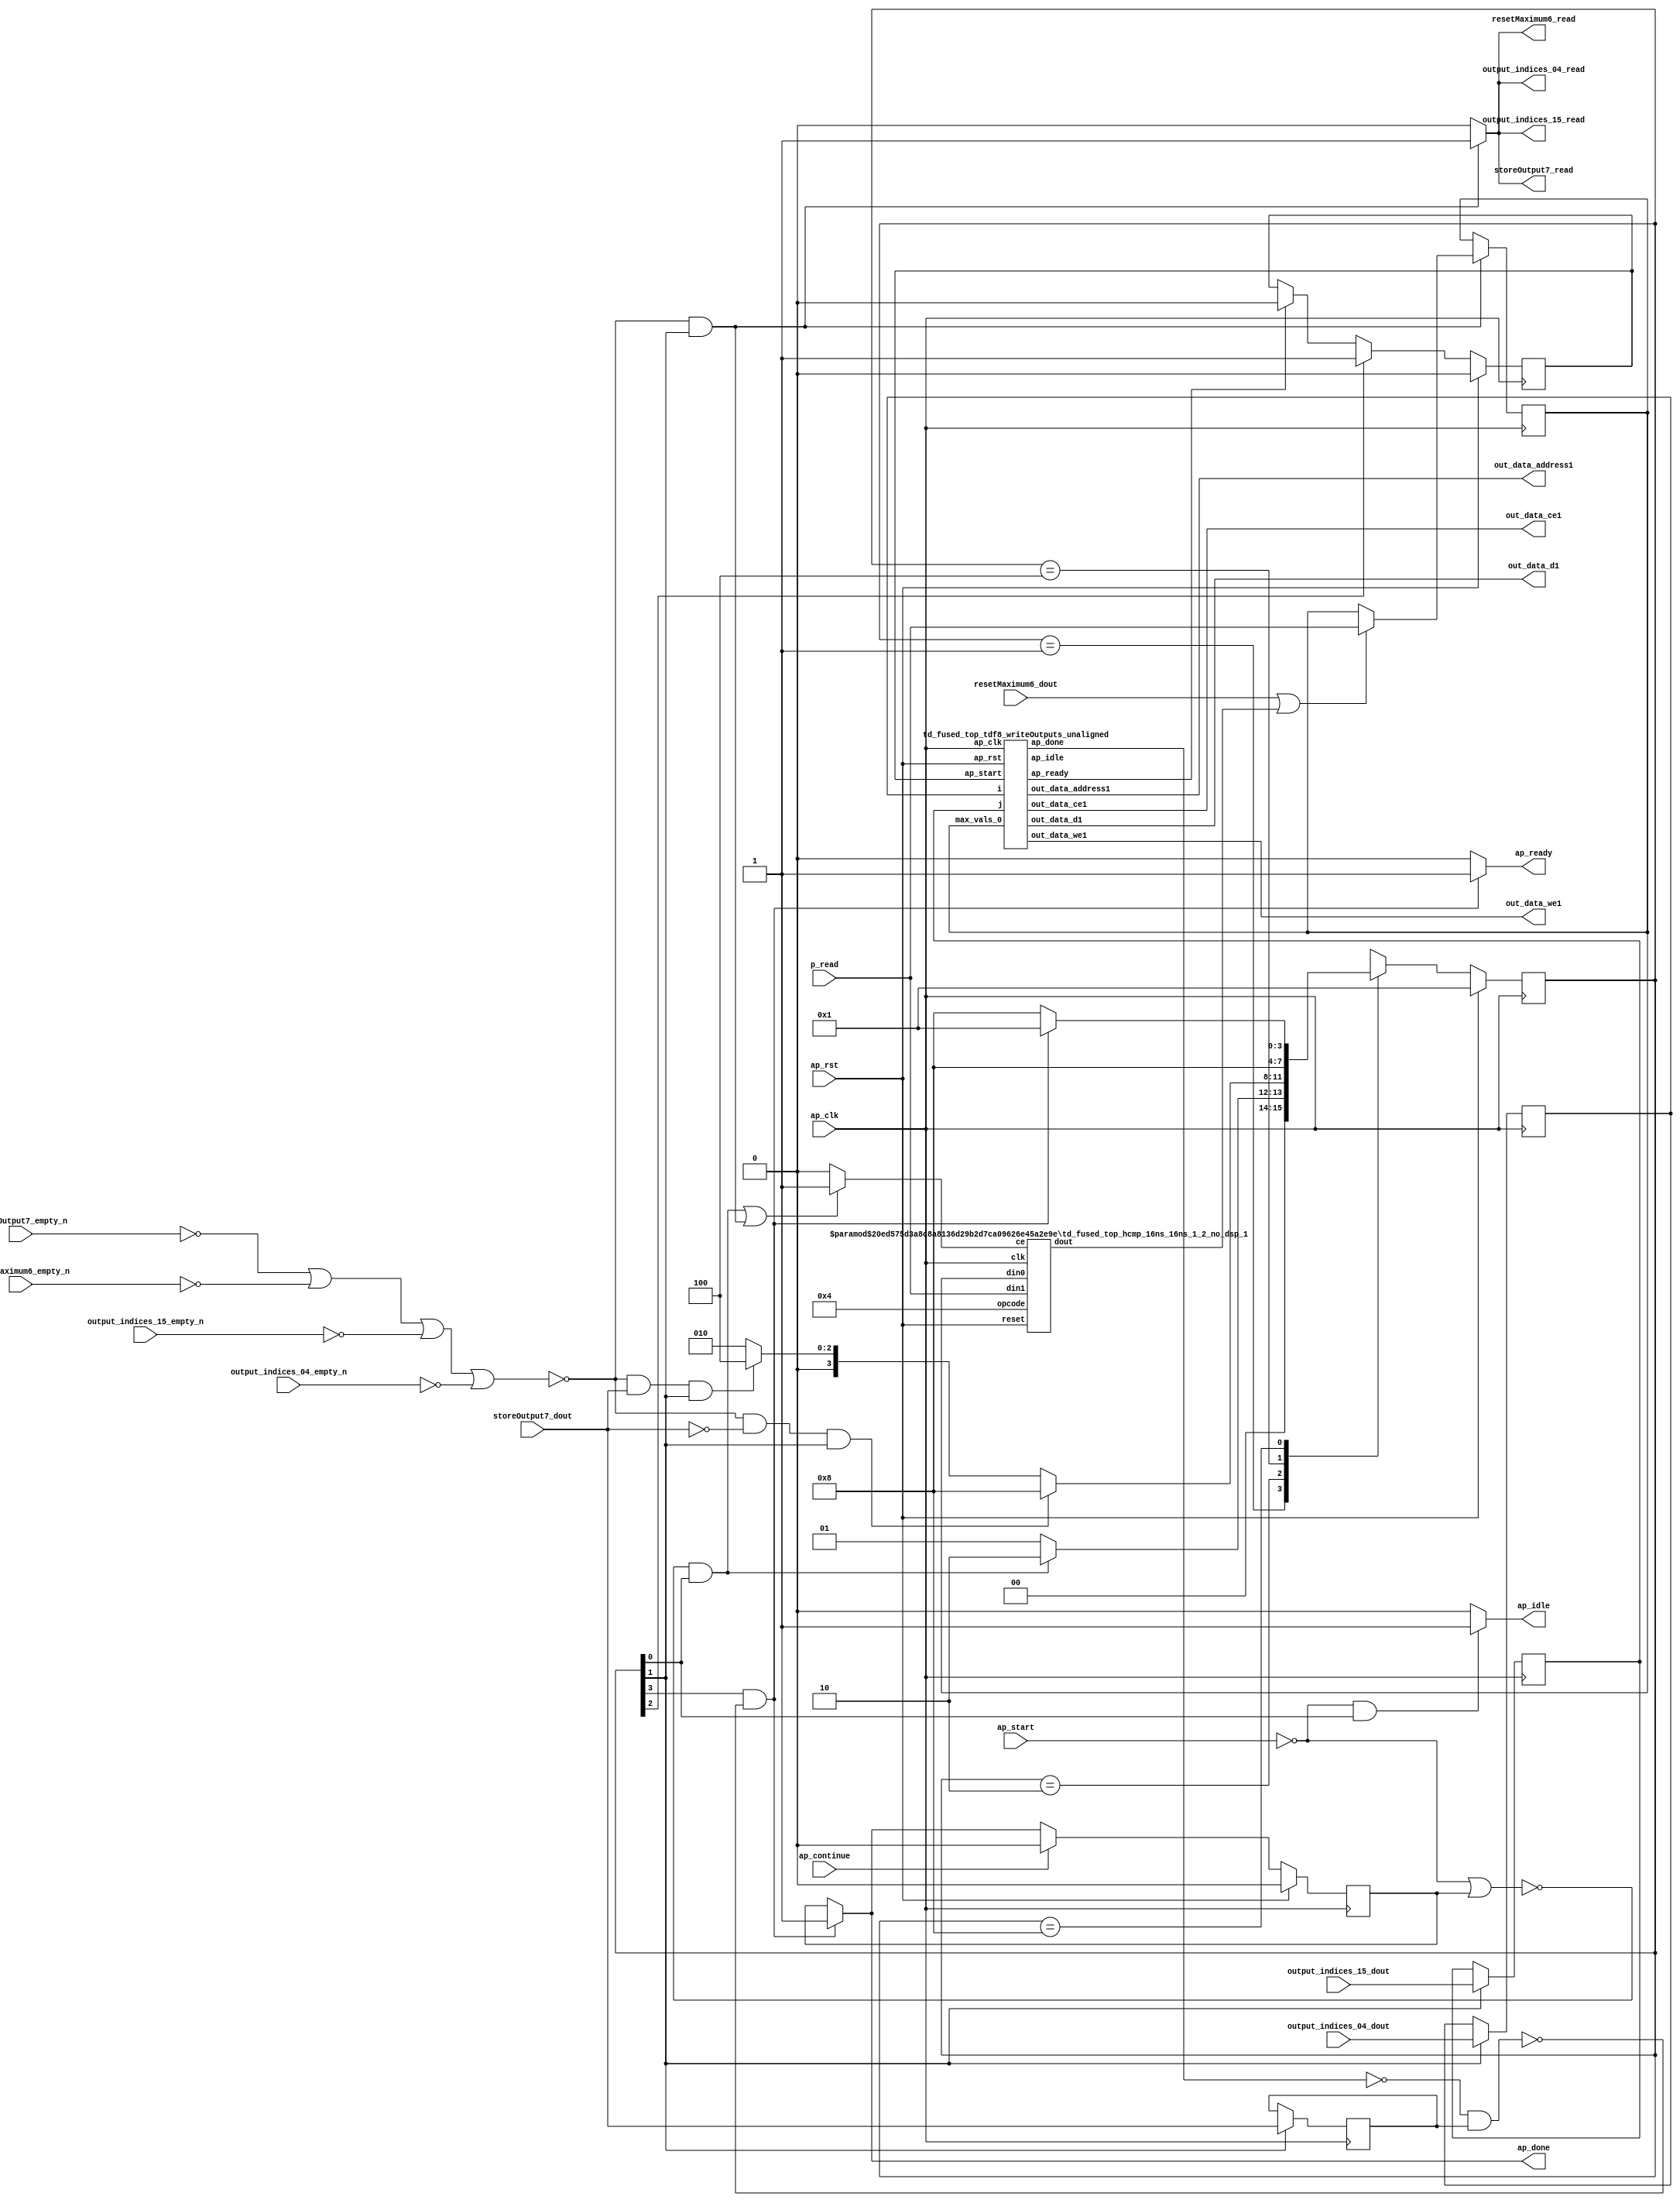
`define EXPONENT 5
`define MANTISSA 10
`define ACTUAL_MANTISSA 11
`define EXPONENT_LSB 10
`define EXPONENT_MSB 14
`define MANTISSA_LSB 0
`define MANTISSA_MSB 9
`define MANTISSA_MUL_SPLIT_LSB 3
`define MANTISSA_MUL_SPLIT_MSB 9
`define SIGN 1
`define SIGN_LOC 15
`define DWIDTH (`SIGN+`EXPONENT+`MANTISSA)
`define IEEE_COMPLIANCE 1

module td_fused_top_tdf8_poolOutputs (
        ap_clk,
        ap_rst,
        ap_start,
        ap_done,
        ap_continue,
        ap_idle,
        ap_ready,
        output_indices_04_dout,
        output_indices_04_empty_n,
        output_indices_04_read,
        output_indices_15_dout,
        output_indices_15_empty_n,
        output_indices_15_read,
        resetMaximum6_dout,
        resetMaximum6_empty_n,
        resetMaximum6_read,
        storeOutput7_dout,
        storeOutput7_empty_n,
        storeOutput7_read,
        p_read,
        out_data_address1,
        out_data_ce1,
        out_data_we1,
        out_data_d1
);

parameter    ap_ST_fsm_state1 = 4'd1;
parameter    ap_ST_fsm_state2 = 4'd2;
parameter    ap_ST_fsm_state3 = 4'd4;
parameter    ap_ST_fsm_state4 = 4'd8;

input   ap_clk;
input   ap_rst;
input   ap_start;
output   ap_done;
input   ap_continue;
output   ap_idle;
output   ap_ready;
input  [3:0] output_indices_04_dout;
input   output_indices_04_empty_n;
output   output_indices_04_read;
input  [7:0] output_indices_15_dout;
input   output_indices_15_empty_n;
output   output_indices_15_read;
input  [0:0] resetMaximum6_dout;
input   resetMaximum6_empty_n;
output   resetMaximum6_read;
input  [0:0] storeOutput7_dout;
input   storeOutput7_empty_n;
output   storeOutput7_read;
input  [15:0] p_read;
output  [13:0] out_data_address1;
output   out_data_ce1;
output   out_data_we1;
output  [63:0] out_data_d1;

reg ap_done;
reg ap_idle;
reg ap_ready;
reg output_indices_04_read;
reg output_indices_15_read;
reg resetMaximum6_read;
reg storeOutput7_read;

reg    ap_done_reg;
  reg   [3:0] ap_CS_fsm;
wire    ap_CS_fsm_state1;
reg   [15:0] max_vals_0;
reg    output_indices_04_blk_n;
wire    ap_CS_fsm_state2;
reg    output_indices_15_blk_n;
reg    resetMaximum6_blk_n;
reg    storeOutput7_blk_n;
reg   [3:0] output_indices_04_read_reg_147;
reg   [7:0] output_indices_15_read_reg_152;
wire   [0:0] storeOutput7_read_read_fu_82_p2;
reg   [0:0] storeOutput7_read_reg_157;
wire    grp_tdf8_writeOutputs_unaligned_fu_88_ap_start;
wire    grp_tdf8_writeOutputs_unaligned_fu_88_ap_done;
wire    grp_tdf8_writeOutputs_unaligned_fu_88_ap_idle;
wire    grp_tdf8_writeOutputs_unaligned_fu_88_ap_ready;
wire   [13:0] grp_tdf8_writeOutputs_unaligned_fu_88_out_data_address1;
wire    grp_tdf8_writeOutputs_unaligned_fu_88_out_data_ce1;
wire    grp_tdf8_writeOutputs_unaligned_fu_88_out_data_we1;
wire   [63:0] grp_tdf8_writeOutputs_unaligned_fu_88_out_data_d1;
reg    grp_tdf8_writeOutputs_unaligned_fu_88_ap_start_reg;
wire    ap_CS_fsm_state3;
wire    ap_CS_fsm_state4;
reg    ap_block_state4_on_subcall_done;
wire   [15:0] select_ln24_fu_126_p3;
reg    ap_block_state2;
reg    ap_block_state1;
wire   [0:0] grp_fu_110_p2;
wire   [0:0] or_ln24_fu_120_p2;
reg    grp_fu_110_ce;
reg   [3:0] ap_NS_fsm;
wire    ap_ce_reg;

// power-on initialization
initial begin
#0 ap_done_reg = 1'b0;
#0 ap_CS_fsm = 4'd1;
#0 max_vals_0 = 16'd0;
#0 grp_tdf8_writeOutputs_unaligned_fu_88_ap_start_reg = 1'b0;
end

td_fused_top_tdf8_writeOutputs_unaligned grp_tdf8_writeOutputs_unaligned_fu_88(
    .ap_clk(ap_clk),
    .ap_rst(ap_rst),
    .ap_start(grp_tdf8_writeOutputs_unaligned_fu_88_ap_start),
    .ap_done(grp_tdf8_writeOutputs_unaligned_fu_88_ap_done),
    .ap_idle(grp_tdf8_writeOutputs_unaligned_fu_88_ap_idle),
    .ap_ready(grp_tdf8_writeOutputs_unaligned_fu_88_ap_ready),
    .i(output_indices_04_read_reg_147),
    .j(output_indices_15_read_reg_152),
    .out_data_address1(grp_tdf8_writeOutputs_unaligned_fu_88_out_data_address1),
    .out_data_ce1(grp_tdf8_writeOutputs_unaligned_fu_88_out_data_ce1),
    .out_data_we1(grp_tdf8_writeOutputs_unaligned_fu_88_out_data_we1),
    .out_data_d1(grp_tdf8_writeOutputs_unaligned_fu_88_out_data_d1),
    .max_vals_0(max_vals_0)
);

td_fused_top_hcmp_16ns_16ns_1_2_no_dsp_1 #(
    .ID( 1 ),
    .NUM_STAGE( 2 ),
    .din0_WIDTH( 16 ),
    .din1_WIDTH( 16 ),
    .dout_WIDTH( 1 ))
hcmp_16ns_16ns_1_2_no_dsp_1_U516(
    .clk(ap_clk),
    .reset(ap_rst),
    .ce(grp_fu_110_ce),
    .din0(max_vals_0),
    .din1(p_read),
    .opcode(5'd4),
    .dout(grp_fu_110_p2)
);

always @ (posedge ap_clk) begin
    if (ap_rst == 1'b1) begin
        ap_CS_fsm <= ap_ST_fsm_state1;
    end else begin
        ap_CS_fsm <= ap_NS_fsm;
    end
end

always @ (posedge ap_clk) begin
    if (ap_rst == 1'b1) begin
        ap_done_reg <= 1'b0;
    end else begin
        if ((ap_continue == 1'b1)) begin
            ap_done_reg <= 1'b0;
        end else if (((1'b1 == ap_CS_fsm_state4) & (1'b0 == ap_block_state4_on_subcall_done))) begin
            ap_done_reg <= 1'b1;
        end
    end
end

always @ (posedge ap_clk) begin
    if (ap_rst == 1'b1) begin
        grp_tdf8_writeOutputs_unaligned_fu_88_ap_start_reg <= 1'b0;
    end else begin
        if ((1'b1 == ap_CS_fsm_state3)) begin
            grp_tdf8_writeOutputs_unaligned_fu_88_ap_start_reg <= 1'b1;
        end else if ((grp_tdf8_writeOutputs_unaligned_fu_88_ap_ready == 1'b1)) begin
            grp_tdf8_writeOutputs_unaligned_fu_88_ap_start_reg <= 1'b0;
        end
    end
end

always @ (posedge ap_clk) begin
    if ((~((storeOutput7_empty_n == 1'b0) | (resetMaximum6_empty_n == 1'b0) | (output_indices_15_empty_n == 1'b0) | (output_indices_04_empty_n == 1'b0)) & (1'b1 == ap_CS_fsm_state2))) begin
        max_vals_0 <= select_ln24_fu_126_p3;
    end
end

always @ (posedge ap_clk) begin
    if ((1'b1 == ap_CS_fsm_state2)) begin
        output_indices_04_read_reg_147 <= output_indices_04_dout;
        output_indices_15_read_reg_152 <= output_indices_15_dout;
        storeOutput7_read_reg_157 <= storeOutput7_dout;
    end
end

always @ (*) begin
    if (((1'b1 == ap_CS_fsm_state4) & (1'b0 == ap_block_state4_on_subcall_done))) begin
        ap_done = 1'b1;
    end else begin
        ap_done = ap_done_reg;
    end
end

always @ (*) begin
    if (((ap_start == 1'b0) & (1'b1 == ap_CS_fsm_state1))) begin
        ap_idle = 1'b1;
    end else begin
        ap_idle = 1'b0;
    end
end

always @ (*) begin
    if (((1'b1 == ap_CS_fsm_state4) & (1'b0 == ap_block_state4_on_subcall_done))) begin
        ap_ready = 1'b1;
    end else begin
        ap_ready = 1'b0;
    end
end

always @ (*) begin
    if (((~((ap_start == 1'b0) | (ap_done_reg == 1'b1)) & (1'b1 == ap_CS_fsm_state1)) | (~((storeOutput7_empty_n == 1'b0) | (resetMaximum6_empty_n == 1'b0) | (output_indices_15_empty_n == 1'b0) | (output_indices_04_empty_n == 1'b0)) & (1'b1 == ap_CS_fsm_state2)))) begin
        grp_fu_110_ce = 1'b1;
    end else begin
        grp_fu_110_ce = 1'b0;
    end
end

always @ (*) begin
    if ((1'b1 == ap_CS_fsm_state2)) begin
        output_indices_04_blk_n = output_indices_04_empty_n;
    end else begin
        output_indices_04_blk_n = 1'b1;
    end
end

always @ (*) begin
    if ((~((storeOutput7_empty_n == 1'b0) | (resetMaximum6_empty_n == 1'b0) | (output_indices_15_empty_n == 1'b0) | (output_indices_04_empty_n == 1'b0)) & (1'b1 == ap_CS_fsm_state2))) begin
        output_indices_04_read = 1'b1;
    end else begin
        output_indices_04_read = 1'b0;
    end
end

always @ (*) begin
    if ((1'b1 == ap_CS_fsm_state2)) begin
        output_indices_15_blk_n = output_indices_15_empty_n;
    end else begin
        output_indices_15_blk_n = 1'b1;
    end
end

always @ (*) begin
    if ((~((storeOutput7_empty_n == 1'b0) | (resetMaximum6_empty_n == 1'b0) | (output_indices_15_empty_n == 1'b0) | (output_indices_04_empty_n == 1'b0)) & (1'b1 == ap_CS_fsm_state2))) begin
        output_indices_15_read = 1'b1;
    end else begin
        output_indices_15_read = 1'b0;
    end
end

always @ (*) begin
    if ((1'b1 == ap_CS_fsm_state2)) begin
        resetMaximum6_blk_n = resetMaximum6_empty_n;
    end else begin
        resetMaximum6_blk_n = 1'b1;
    end
end

always @ (*) begin
    if ((~((storeOutput7_empty_n == 1'b0) | (resetMaximum6_empty_n == 1'b0) | (output_indices_15_empty_n == 1'b0) | (output_indices_04_empty_n == 1'b0)) & (1'b1 == ap_CS_fsm_state2))) begin
        resetMaximum6_read = 1'b1;
    end else begin
        resetMaximum6_read = 1'b0;
    end
end

always @ (*) begin
    if ((1'b1 == ap_CS_fsm_state2)) begin
        storeOutput7_blk_n = storeOutput7_empty_n;
    end else begin
        storeOutput7_blk_n = 1'b1;
    end
end

always @ (*) begin
    if ((~((storeOutput7_empty_n == 1'b0) | (resetMaximum6_empty_n == 1'b0) | (output_indices_15_empty_n == 1'b0) | (output_indices_04_empty_n == 1'b0)) & (1'b1 == ap_CS_fsm_state2))) begin
        storeOutput7_read = 1'b1;
    end else begin
        storeOutput7_read = 1'b0;
    end
end

always @ (*) begin
    case (ap_CS_fsm)
        ap_ST_fsm_state1 : begin
            if ((~((ap_start == 1'b0) | (ap_done_reg == 1'b1)) & (1'b1 == ap_CS_fsm_state1))) begin
                ap_NS_fsm = ap_ST_fsm_state2;
            end else begin
                ap_NS_fsm = ap_ST_fsm_state1;
            end
        end
        ap_ST_fsm_state2 : begin
            if ((~((storeOutput7_empty_n == 1'b0) | (resetMaximum6_empty_n == 1'b0) | (output_indices_15_empty_n == 1'b0) | (output_indices_04_empty_n == 1'b0)) & (storeOutput7_read_read_fu_82_p2 == 1'd0) & (1'b1 == ap_CS_fsm_state2))) begin
                ap_NS_fsm = ap_ST_fsm_state4;
            end else if ((~((storeOutput7_empty_n == 1'b0) | (resetMaximum6_empty_n == 1'b0) | (output_indices_15_empty_n == 1'b0) | (output_indices_04_empty_n == 1'b0)) & (storeOutput7_read_read_fu_82_p2 == 1'd1) & (1'b1 == ap_CS_fsm_state2))) begin
                ap_NS_fsm = ap_ST_fsm_state3;
            end else begin
                ap_NS_fsm = ap_ST_fsm_state2;
            end
        end
        ap_ST_fsm_state3 : begin
            ap_NS_fsm = ap_ST_fsm_state4;
        end
        ap_ST_fsm_state4 : begin
            if (((1'b1 == ap_CS_fsm_state4) & (1'b0 == ap_block_state4_on_subcall_done))) begin
                ap_NS_fsm = ap_ST_fsm_state1;
            end else begin
                ap_NS_fsm = ap_ST_fsm_state4;
            end
        end
        default : begin
            ap_NS_fsm = 'bx;
        end
    endcase
end

assign ap_CS_fsm_state1 = ap_CS_fsm[32'd0];

assign ap_CS_fsm_state2 = ap_CS_fsm[32'd1];

assign ap_CS_fsm_state3 = ap_CS_fsm[32'd2];

assign ap_CS_fsm_state4 = ap_CS_fsm[32'd3];

always @ (*) begin
    ap_block_state1 = ((ap_start == 1'b0) | (ap_done_reg == 1'b1));
end

always @ (*) begin
    ap_block_state2 = ((storeOutput7_empty_n == 1'b0) | (resetMaximum6_empty_n == 1'b0) | (output_indices_15_empty_n == 1'b0) | (output_indices_04_empty_n == 1'b0));
end

always @ (*) begin
    ap_block_state4_on_subcall_done = ((grp_tdf8_writeOutputs_unaligned_fu_88_ap_done == 1'b0) & (storeOutput7_read_reg_157 == 1'd1));
end

assign grp_tdf8_writeOutputs_unaligned_fu_88_ap_start = grp_tdf8_writeOutputs_unaligned_fu_88_ap_start_reg;

assign or_ln24_fu_120_p2 = (resetMaximum6_dout | grp_fu_110_p2);

assign out_data_address1 = grp_tdf8_writeOutputs_unaligned_fu_88_out_data_address1;

assign out_data_ce1 = grp_tdf8_writeOutputs_unaligned_fu_88_out_data_ce1;

assign out_data_d1 = grp_tdf8_writeOutputs_unaligned_fu_88_out_data_d1;

assign out_data_we1 = grp_tdf8_writeOutputs_unaligned_fu_88_out_data_we1;

assign select_ln24_fu_126_p3 = ((or_ln24_fu_120_p2[0:0] == 1'b1) ? p_read : max_vals_0);

assign storeOutput7_read_read_fu_82_p2 = storeOutput7_dout;

endmodule //td_fused_top_tdf8_poolOutputs
module td_fused_top_hcmp_16ns_16ns_1_2_no_dsp_1
#(parameter
    ID         = 47,
    NUM_STAGE  = 2,
    din0_WIDTH = 16,
    din1_WIDTH = 16,
    dout_WIDTH = 1
)(
    input  wire                  clk,
    input  wire                  reset,
    input  wire                  ce,
    input  wire [din0_WIDTH-1:0] din0,
    input  wire [din1_WIDTH-1:0] din1,
    input  wire [4:0]            opcode,
    output wire [dout_WIDTH-1:0] dout
);
//------------------------Parameter----------------------
// AutoESL opcode
localparam [4:0]
    AP_OEQ = 5'b00001,
    AP_OGT = 5'b00010,
    AP_OGE = 5'b00011,
    AP_OLT = 5'b00100,
    AP_OLE = 5'b00101,
    AP_ONE = 5'b00110,
    AP_UNO = 5'b01000;
// FPV6 opcode
localparam [7:0]
    OP_EQ = 8'b00010100,
    OP_GT = 8'b00100100,
    OP_GE = 8'b00110100,
    OP_LT = 8'b00001100,
    OP_LE = 8'b00011100,
    OP_NE = 8'b00101100,
    OP_UO = 8'b00000100;
//------------------------Local signal-------------------
wire                  a_tvalid;
wire [15:0]           a_tdata;
wire                  b_tvalid;
wire [15:0]           b_tdata;
wire                  op_tvalid;
reg  [7:0]            op_tdata;
wire                  r_tvalid;
wire [7:0]            r_tdata;
reg  [din0_WIDTH-1:0] din0_buf1;
reg  [din1_WIDTH-1:0] din1_buf1;
reg  [4:0]            opcode_buf1;
reg                   ce_r;
wire [dout_WIDTH-1:0] dout_i;
reg  [dout_WIDTH-1:0] dout_r;
//------------------------Instantiation------------------
td_fused_top_ap_hcmp_0_no_dsp_16 td_fused_top_ap_hcmp_0_no_dsp_16_u (
    .s_axis_a_tvalid         ( a_tvalid ),
    .s_axis_a_tdata          ( a_tdata ),
    .s_axis_b_tvalid         ( b_tvalid ),
    .s_axis_b_tdata          ( b_tdata ),
    .s_axis_operation_tvalid ( op_tvalid ),
    .s_axis_operation_tdata  ( op_tdata ),
    .m_axis_result_tvalid    ( r_tvalid ),
    .m_axis_result_tdata     ( r_tdata )
);
//------------------------Body---------------------------
assign a_tvalid  = 1'b1;
assign a_tdata   = din0_buf1;
assign b_tvalid  = 1'b1;
assign b_tdata   = din1_buf1;
assign op_tvalid = 1'b1;
assign dout_i    = r_tdata[0];

always @(*) begin
    case (opcode_buf1)
        AP_OEQ  : op_tdata = OP_EQ;
        AP_OGT  : op_tdata = OP_GT;
        AP_OGE  : op_tdata = OP_GE;
        AP_OLT  : op_tdata = OP_LT;
        AP_OLE  : op_tdata = OP_LE;
        AP_ONE  : op_tdata = OP_NE;
        AP_UNO  : op_tdata = OP_UO;
        default : op_tdata = OP_EQ;
    endcase
end

always @(posedge clk) begin
    if (ce) begin
        din0_buf1   <= din0;
        din1_buf1   <= din1;
        opcode_buf1 <= opcode;
    end
end

always @ (posedge clk) begin
    ce_r <= ce;
end

always @ (posedge clk) begin
    if (ce_r) begin
        dout_r <= dout_i;
    end
end

assign dout = ce_r?dout_i:dout_r;
endmodule
module td_fused_top_ap_hcmp_0_no_dsp_16 (
   input  wire        s_axis_a_tvalid,
   input  wire [15:0] s_axis_a_tdata,
   input  wire        s_axis_b_tvalid,
   input  wire [15:0] s_axis_b_tdata,
   input  wire        s_axis_operation_tvalid,
   input  wire [7:0]  s_axis_operation_tdata,
   output wire        m_axis_result_tvalid,
   output wire [7:0]  m_axis_result_tdata
);
   // TEMP - compare module not yet ready
   // In the meantime, negate operand B, add them
   // together, and return the sign bit of the result.
   wire [15:0] b_negative;
   wire [15:0] result;
   assign b_negative = {~s_axis_b_tdata[15], s_axis_b_tdata[14:0]};
   
`ifdef complex_dsp
adder_fp u_add_fp (
      .a(s_axis_a_tdata), 
      .b(b_negative), 
      .out(result)
   );
`else
FPAddSub u_FPAddSub_2 (.clk(), .rst(1'b0), .a(s_axis_a_tdata), .b(b_negative), .operation(1'b0), .result(result), .flags());
`endif
   
   assign m_axis_result_tdata = {7'b0, result[15]};
endmodule
module td_fused_top_tdf8_writeOutputs_unaligned (
        ap_clk,
        ap_rst,
        ap_start,
        ap_done,
        ap_idle,
        ap_ready,
        i,
        j,
        out_data_address1,
        out_data_ce1,
        out_data_we1,
        out_data_d1,
        max_vals_0
);

parameter    ap_ST_fsm_state1 = 2'd1;
parameter    ap_ST_fsm_state2 = 2'd2;

input   ap_clk;
input   ap_rst;
input   ap_start;
output   ap_done;
output   ap_idle;
output   ap_ready;
input  [3:0] i;
input  [7:0] j;
output  [13:0] out_data_address1;
output   out_data_ce1;
output   out_data_we1;
output  [63:0] out_data_d1;
input  [15:0] max_vals_0;

reg ap_done;
reg ap_idle;
reg ap_ready;
reg out_data_ce1;
reg out_data_we1;

  reg   [1:0] ap_CS_fsm;
wire    ap_CS_fsm_state1;
reg   [15:0] outputCount_3;
reg   [15:0] outputChanIdx_3;
reg   [15:0] outputRow_13_0;
reg   [15:0] outputRow_13_1;
reg   [15:0] outputRow_13_2;
reg   [15:0] outputRow_13_3;
wire   [15:0] add_ln87_fu_177_p2;
wire   [0:0] icmp_ln88_fu_183_p2;
reg   [0:0] icmp_ln88_reg_297;
reg   [15:0] ap_phi_mux_empty_phi_fu_94_p4;
reg   [15:0] empty_reg_91;
wire    ap_CS_fsm_state2;
wire   [63:0] zext_ln94_4_fu_211_p1;
wire   [15:0] select_ln97_fu_269_p3;
wire   [1:0] trunc_ln86_fu_149_p1;
reg   [15:0] ap_sig_allocacmp_outputRow_13_0_load;
reg   [15:0] ap_sig_allocacmp_outputRow_13_1_load;
reg   [15:0] ap_sig_allocacmp_outputRow_13_2_load;
reg   [15:0] ap_sig_allocacmp_outputRow_13_3_load;
wire   [4:0] tmp_8_fu_109_p3;
wire   [7:0] tmp_fu_101_p3;
wire   [7:0] zext_ln94_fu_117_p1;
wire   [7:0] sub_ln94_fu_121_p2;
wire   [7:0] add_ln94_fu_127_p2;
wire   [7:0] trunc_ln94_fu_197_p1;
wire   [13:0] tmp_10_cast_fu_133_p3;
wire   [13:0] zext_ln94_3_fu_201_p1;
wire   [13:0] add_ln94_2_fu_205_p2;
wire   [15:0] bitcast_ln94_6_fu_240_p1;
wire   [15:0] bitcast_ln94_5_fu_232_p1;
wire   [15:0] bitcast_ln94_4_fu_224_p1;
wire   [15:0] bitcast_ln94_fu_216_p1;
wire   [15:0] add_ln96_fu_257_p2;
wire   [0:0] icmp_ln97_fu_263_p2;
reg   [1:0] ap_NS_fsm;
wire    ap_ce_reg;

// power-on initialization
initial begin
#0 ap_CS_fsm = 2'd1;
#0 outputCount_3 = 16'd0;
#0 outputChanIdx_3 = 16'd0;
#0 outputRow_13_0 = 16'd0;
#0 outputRow_13_1 = 16'd0;
#0 outputRow_13_2 = 16'd0;
#0 outputRow_13_3 = 16'd0;
end

always @ (posedge ap_clk) begin
    if (ap_rst == 1'b1) begin
        ap_CS_fsm <= ap_ST_fsm_state1;
    end else begin
        ap_CS_fsm <= ap_NS_fsm;
    end
end

always @ (posedge ap_clk) begin
    if (((icmp_ln88_reg_297 == 1'd1) & (1'b1 == ap_CS_fsm_state2))) begin
        empty_reg_91 <= 16'd0;
    end else if (((ap_start == 1'b1) & (icmp_ln88_fu_183_p2 == 1'd0) & (1'b1 == ap_CS_fsm_state1))) begin
        empty_reg_91 <= add_ln87_fu_177_p2;
    end
end

always @ (posedge ap_clk) begin
    if ((1'b1 == ap_CS_fsm_state1)) begin
        icmp_ln88_reg_297 <= icmp_ln88_fu_183_p2;
    end
end

always @ (posedge ap_clk) begin
    if (((ap_start == 1'b1) & (icmp_ln88_fu_183_p2 == 1'd1) & (1'b1 == ap_CS_fsm_state1))) begin
        outputChanIdx_3 <= select_ln97_fu_269_p3;
    end
end

always @ (posedge ap_clk) begin
    if ((1'b1 == ap_CS_fsm_state2)) begin
        outputCount_3 <= ap_phi_mux_empty_phi_fu_94_p4;
    end
end

always @ (posedge ap_clk) begin
    if (((ap_start == 1'b1) & (trunc_ln86_fu_149_p1 == 2'd0) & (1'b1 == ap_CS_fsm_state1))) begin
        outputRow_13_0 <= max_vals_0;
    end
end

always @ (posedge ap_clk) begin
    if (((ap_start == 1'b1) & (trunc_ln86_fu_149_p1 == 2'd1) & (1'b1 == ap_CS_fsm_state1))) begin
        outputRow_13_1 <= max_vals_0;
    end
end

always @ (posedge ap_clk) begin
    if (((ap_start == 1'b1) & (trunc_ln86_fu_149_p1 == 2'd2) & (1'b1 == ap_CS_fsm_state1))) begin
        outputRow_13_2 <= max_vals_0;
    end
end

always @ (posedge ap_clk) begin
    if (((ap_start == 1'b1) & (trunc_ln86_fu_149_p1 == 2'd3) & (1'b1 == ap_CS_fsm_state1))) begin
        outputRow_13_3 <= max_vals_0;
    end
end

always @ (*) begin
    if (((1'b1 == ap_CS_fsm_state2) | ((ap_start == 1'b0) & (1'b1 == ap_CS_fsm_state1)))) begin
        ap_done = 1'b1;
    end else begin
        ap_done = 1'b0;
    end
end

always @ (*) begin
    if (((ap_start == 1'b0) & (1'b1 == ap_CS_fsm_state1))) begin
        ap_idle = 1'b1;
    end else begin
        ap_idle = 1'b0;
    end
end

always @ (*) begin
    if (((icmp_ln88_reg_297 == 1'd1) & (1'b1 == ap_CS_fsm_state2))) begin
        ap_phi_mux_empty_phi_fu_94_p4 = 16'd0;
    end else begin
        ap_phi_mux_empty_phi_fu_94_p4 = empty_reg_91;
    end
end

always @ (*) begin
    if ((1'b1 == ap_CS_fsm_state2)) begin
        ap_ready = 1'b1;
    end else begin
        ap_ready = 1'b0;
    end
end

always @ (*) begin
    if (((trunc_ln86_fu_149_p1 == 2'd0) & (1'b1 == ap_CS_fsm_state1))) begin
        ap_sig_allocacmp_outputRow_13_0_load = max_vals_0;
    end else begin
        ap_sig_allocacmp_outputRow_13_0_load = outputRow_13_0;
    end
end

always @ (*) begin
    if (((trunc_ln86_fu_149_p1 == 2'd1) & (1'b1 == ap_CS_fsm_state1))) begin
        ap_sig_allocacmp_outputRow_13_1_load = max_vals_0;
    end else begin
        ap_sig_allocacmp_outputRow_13_1_load = outputRow_13_1;
    end
end

always @ (*) begin
    if (((trunc_ln86_fu_149_p1 == 2'd2) & (1'b1 == ap_CS_fsm_state1))) begin
        ap_sig_allocacmp_outputRow_13_2_load = max_vals_0;
    end else begin
        ap_sig_allocacmp_outputRow_13_2_load = outputRow_13_2;
    end
end

always @ (*) begin
    if (((trunc_ln86_fu_149_p1 == 2'd3) & (1'b1 == ap_CS_fsm_state1))) begin
        ap_sig_allocacmp_outputRow_13_3_load = max_vals_0;
    end else begin
        ap_sig_allocacmp_outputRow_13_3_load = outputRow_13_3;
    end
end

always @ (*) begin
    if (((1'b1 == ap_CS_fsm_state2) | ((ap_start == 1'b1) & (1'b1 == ap_CS_fsm_state1)))) begin
        out_data_ce1 = 1'b1;
    end else begin
        out_data_ce1 = 1'b0;
    end
end

always @ (*) begin
    if (((ap_start == 1'b1) & (icmp_ln88_fu_183_p2 == 1'd1) & (1'b1 == ap_CS_fsm_state1))) begin
        out_data_we1 = 1'b1;
    end else begin
        out_data_we1 = 1'b0;
    end
end

always @ (*) begin
    case (ap_CS_fsm)
        ap_ST_fsm_state1 : begin
            if (((ap_start == 1'b1) & (1'b1 == ap_CS_fsm_state1))) begin
                ap_NS_fsm = ap_ST_fsm_state2;
            end else begin
                ap_NS_fsm = ap_ST_fsm_state1;
            end
        end
        ap_ST_fsm_state2 : begin
            ap_NS_fsm = ap_ST_fsm_state1;
        end
        default : begin
            ap_NS_fsm = 'bx;
        end
    endcase
end

assign add_ln87_fu_177_p2 = (outputCount_3 + 16'd1);

assign add_ln94_2_fu_205_p2 = (tmp_10_cast_fu_133_p3 + zext_ln94_3_fu_201_p1);

assign add_ln94_fu_127_p2 = (sub_ln94_fu_121_p2 + j);

assign add_ln96_fu_257_p2 = (outputChanIdx_3 + 16'd1);

assign ap_CS_fsm_state1 = ap_CS_fsm[32'd0];

assign ap_CS_fsm_state2 = ap_CS_fsm[32'd1];

assign bitcast_ln94_4_fu_224_p1 = ap_sig_allocacmp_outputRow_13_1_load;

assign bitcast_ln94_5_fu_232_p1 = ap_sig_allocacmp_outputRow_13_2_load;

assign bitcast_ln94_6_fu_240_p1 = ap_sig_allocacmp_outputRow_13_3_load;

assign bitcast_ln94_fu_216_p1 = ap_sig_allocacmp_outputRow_13_0_load;

assign icmp_ln88_fu_183_p2 = ((add_ln87_fu_177_p2 == 16'd4) ? 1'b1 : 1'b0);

assign icmp_ln97_fu_263_p2 = ((add_ln96_fu_257_p2 == 16'd64) ? 1'b1 : 1'b0);

assign out_data_address1 = zext_ln94_4_fu_211_p1;

assign out_data_d1 = {{{{bitcast_ln94_6_fu_240_p1}, {bitcast_ln94_5_fu_232_p1}}, {bitcast_ln94_4_fu_224_p1}}, {bitcast_ln94_fu_216_p1}};

assign select_ln97_fu_269_p3 = ((icmp_ln97_fu_263_p2[0:0] == 1'b1) ? 16'd0 : add_ln96_fu_257_p2);

assign sub_ln94_fu_121_p2 = (tmp_fu_101_p3 - zext_ln94_fu_117_p1);

assign tmp_10_cast_fu_133_p3 = {{add_ln94_fu_127_p2}, {6'd0}};

assign tmp_8_fu_109_p3 = {{i}, {1'd0}};

assign tmp_fu_101_p3 = {{i}, {4'd0}};

assign trunc_ln86_fu_149_p1 = outputCount_3[1:0];

assign trunc_ln94_fu_197_p1 = outputChanIdx_3[7:0];

assign zext_ln94_3_fu_201_p1 = trunc_ln94_fu_197_p1;

assign zext_ln94_4_fu_211_p1 = add_ln94_2_fu_205_p2;

assign zext_ln94_fu_117_p1 = tmp_8_fu_109_p3;

endmodule //td_fused_top_tdf8_writeOutputs_unaligned

module FPAddSub(
		clk,
		rst,
		a,
		b,
		operation,			// 0 add, 1 sub
		result,
		flags
	);
	
	// Clock and reset
	input clk ;										// Clock signal
	input rst ;										// Reset (active high, resets pipeline registers)
	
	// Input ports
	input [`DWIDTH-1:0] a ;								// Input A, a 32-bit floating point number
	input [`DWIDTH-1:0] b ;								// Input B, a 32-bit floating point number
	input operation ;								// Operation select signal
	
	// Output ports
	output [`DWIDTH-1:0] result ;						// Result of the operation
	output [4:0] flags ;							// Flags indicating exceptions according to IEEE754
	
	// Pipeline Registers
	//reg [79:0] pipe_1;							// Pipeline register PreAlign->Align1
	reg [`DWIDTH*2+15:0] pipe_1;							// Pipeline register PreAlign->Align1

	//reg [67:0] pipe_2;							// Pipeline register Align1->Align3
	reg [`MANTISSA*2+`EXPONENT+13:0] pipe_2;							// Pipeline register Align1->Align3

	//reg [76:0] pipe_3;	68						// Pipeline register Align1->Align3
	reg [`MANTISSA*2+`EXPONENT+14:0] pipe_3;							// Pipeline register Align1->Align3

	//reg [69:0] pipe_4;							// Pipeline register Align3->Execute
	reg [`MANTISSA*2+`EXPONENT+15:0] pipe_4;							// Pipeline register Align3->Execute

	//reg [51:0] pipe_5;							// Pipeline register Execute->Normalize
	reg [`DWIDTH+`EXPONENT+11:0] pipe_5;							// Pipeline register Execute->Normalize

	//reg [56:0] pipe_6;							// Pipeline register Nomalize->NormalizeShift1
	reg [`DWIDTH+`EXPONENT+16:0] pipe_6;							// Pipeline register Nomalize->NormalizeShift1

	//reg [56:0] pipe_7;							// Pipeline register NormalizeShift2->NormalizeShift3
	reg [`DWIDTH+`EXPONENT+16:0] pipe_7;							// Pipeline register NormalizeShift2->NormalizeShift3

	//reg [54:0] pipe_8;							// Pipeline register NormalizeShift3->Round
	reg [`EXPONENT*2+`MANTISSA+15:0] pipe_8;							// Pipeline register NormalizeShift3->Round

	//reg [40:0] pipe_9;							// Pipeline register NormalizeShift3->Round
	reg [`DWIDTH+8:0] pipe_9;							// Pipeline register NormalizeShift3->Round
	
	// Internal wires between modules
	wire [`DWIDTH-2:0] Aout_0 ;							// A - sign
	wire [`DWIDTH-2:0] Bout_0 ;							// B - sign
	wire Opout_0 ;									// A's sign
	wire Sa_0 ;										// A's sign
	wire Sb_0 ;										// B's sign
	wire MaxAB_1 ;									// Indicates the larger of A and B(0/A, 1/B)
	wire [`EXPONENT-1:0] CExp_1 ;							// Common Exponent
	wire [4:0] Shift_1 ;							// Number of steps to smaller mantissa shift right (align)
	wire [`MANTISSA-1:0] Mmax_1 ;							// Larger mantissa
	wire [4:0] InputExc_0 ;						// Input numbers are exceptions
	wire [9:0] ShiftDet_0 ;
	wire [`MANTISSA-1:0] MminS_1 ;						// Smaller mantissa after 0/16 shift
	wire [`MANTISSA:0] MminS_2 ;						// Smaller mantissa after 0/4/8/12 shift
	wire [`MANTISSA:0] Mmin_3 ;							// Smaller mantissa after 0/1/2/3 shift
	wire [`DWIDTH:0] Sum_4 ;
	wire PSgn_4 ;
	wire Opr_4 ;
	wire [4:0] Shift_5 ;							// Number of steps to shift sum left (normalize)
	wire [`DWIDTH:0] SumS_5 ;							// Sum after 0/16 shift
	wire [`DWIDTH:0] SumS_6 ;							// Sum after 0/16 shift
	wire [`DWIDTH:0] SumS_7 ;							// Sum after 0/16 shift
	wire [`MANTISSA-1:0] NormM_8 ;						// Normalized mantissa
	wire [`EXPONENT:0] NormE_8;							// Adjusted exponent
	wire ZeroSum_8 ;								// Zero flag
	wire NegE_8 ;									// Flag indicating negative exponent
	wire R_8 ;										// Round bit
	wire S_8 ;										// Final sticky bit
	wire FG_8 ;										// Final sticky bit
	wire [`DWIDTH-1:0] P_int ;
	wire EOF ;
	
	// Prepare the operands for alignment and check for exceptions
	FPAddSub_PrealignModule PrealignModule
	(	// Inputs
		a, b, operation,
		// Outputs
		Sa_0, Sb_0, ShiftDet_0[9:0], InputExc_0[4:0], Aout_0[`DWIDTH-2:0], Bout_0[`DWIDTH-2:0], Opout_0) ;
		
	// Prepare the operands for alignment and check for exceptions
	FPAddSub_AlignModule AlignModule
	(	// Inputs
		pipe_1[14+2*`DWIDTH:16+`DWIDTH], pipe_1[15+`DWIDTH:17], pipe_1[14:5],
		// Outputs
		CExp_1[`EXPONENT-1:0], MaxAB_1, Shift_1[4:0], MminS_1[`MANTISSA-1:0], Mmax_1[`MANTISSA-1:0]) ;	

	// Alignment Shift Stage 1
	FPAddSub_AlignShift1 AlignShift1
	(  // Inputs
		pipe_2[`MANTISSA-1:0], pipe_2[2*`MANTISSA+9:2*`MANTISSA+7],
		// Outputs
		MminS_2[`MANTISSA:0]) ;

	// Alignment Shift Stage 3 and compution of guard and sticky bits
	FPAddSub_AlignShift2 AlignShift2  
	(  // Inputs
		pipe_3[`MANTISSA:0], pipe_3[2*`MANTISSA+7:2*`MANTISSA+6],
		// Outputs
		Mmin_3[`MANTISSA:0]) ;
						
	// Perform mantissa addition
	FPAddSub_ExecutionModule ExecutionModule
	(  // Inputs
		pipe_4[`MANTISSA*2+5:`MANTISSA+6], pipe_4[`MANTISSA:0], pipe_4[`MANTISSA*2+`EXPONENT+13], pipe_4[`MANTISSA*2+`EXPONENT+12], pipe_4[`MANTISSA*2+`EXPONENT+11], pipe_4[`MANTISSA*2+`EXPONENT+14],
		// Outputs
		Sum_4[`DWIDTH:0], PSgn_4, Opr_4) ;
	
	// Prepare normalization of result
	FPAddSub_NormalizeModule NormalizeModule
	(  // Inputs
		pipe_5[`DWIDTH:0], 
		// Outputs
		SumS_5[`DWIDTH:0], Shift_5[4:0]) ;
					
	// Normalization Shift Stage 1
	FPAddSub_NormalizeShift1 NormalizeShift1
	(  // Inputs
		pipe_6[`DWIDTH:0], pipe_6[`DWIDTH+`EXPONENT+14:`DWIDTH+`EXPONENT+11],
		// Outputs
		SumS_7[`DWIDTH:0]) ;
		
	// Normalization Shift Stage 3 and final guard, sticky and round bits
	FPAddSub_NormalizeShift2 NormalizeShift2
	(  // Inputs
		pipe_7[`DWIDTH:0], pipe_7[`DWIDTH+`EXPONENT+5:`DWIDTH+6], pipe_7[`DWIDTH+`EXPONENT+15:`DWIDTH+`EXPONENT+11],
		// Outputs
		NormM_8[`MANTISSA-1:0], NormE_8[`EXPONENT:0], ZeroSum_8, NegE_8, R_8, S_8, FG_8) ;

	// Round and put result together
	FPAddSub_RoundModule RoundModule
	(  // Inputs
		 pipe_8[3], pipe_8[4+`EXPONENT:4], pipe_8[`EXPONENT+`MANTISSA+4:5+`EXPONENT], pipe_8[1], pipe_8[0], pipe_8[`EXPONENT*2+`MANTISSA+15], pipe_8[`EXPONENT*2+`MANTISSA+12], pipe_8[`EXPONENT*2+`MANTISSA+11], pipe_8[`EXPONENT*2+`MANTISSA+14], pipe_8[`EXPONENT*2+`MANTISSA+10], 
		// Outputs
		P_int[`DWIDTH-1:0], EOF) ;
	
	// Check for exceptions
	FPAddSub_ExceptionModule Exceptionmodule
	(  // Inputs
		pipe_9[8+`DWIDTH:9], pipe_9[8], pipe_9[7], pipe_9[6], pipe_9[5:1], pipe_9[0], 
		// Outputs
		result[`DWIDTH-1:0], flags[4:0]) ;			
	
	always @ (*) begin	
		if(rst) begin
			pipe_1 = 0;
			pipe_2 = 0;
			pipe_3 = 0;
			pipe_4 = 0;
			pipe_5 = 0;
			pipe_6 = 0;
			pipe_7 = 0;
			pipe_8 = 0;
			pipe_9 = 0;
		end 
		else begin
		
			pipe_1 = {Opout_0, Aout_0[`DWIDTH-2:0], Bout_0[`DWIDTH-2:0], Sa_0, Sb_0, ShiftDet_0[9:0], InputExc_0[4:0]} ;	
			// PIPE_2 :
			//[67] operation
			//[66] Sa_0
			//[65] Sb_0
			//[64] MaxAB_0
			//[63:56] CExp_0
			//[55:51] Shift_0
			//[50:28] Mmax_0
			//[27:23] InputExc_0
			//[22:0] MminS_1
			//
			pipe_2 = {pipe_1[`DWIDTH*2+15], pipe_1[16:15], MaxAB_1, CExp_1[`EXPONENT-1:0], Shift_1[4:0], Mmax_1[`MANTISSA-1:0], pipe_1[4:0], MminS_1[`MANTISSA-1:0]} ;	
			// PIPE_3 :
			//[68] operation
			//[67] Sa_0
			//[66] Sb_0
			//[65] MaxAB_0
			//[64:57] CExp_0
			//[56:52] Shift_0
			//[51:29] Mmax_0
			//[28:24] InputExc_0
			//[23:0] MminS_1
			//
			pipe_3 = {pipe_2[`MANTISSA*2+`EXPONENT+13:`MANTISSA], MminS_2[`MANTISSA:0]} ;	
			// PIPE_4 :
			//[68] operation
			//[67] Sa_0
			//[66] Sb_0
			//[65] MaxAB_0
			//[64:57] CExp_0
			//[56:52] Shift_0
			//[51:29] Mmax_0
			//[28:24] InputExc_0
			//[23:0] Mmin_3
			//					
			pipe_4 = {pipe_3[`MANTISSA*2+`EXPONENT+14:`MANTISSA+1], Mmin_3[`MANTISSA:0]} ;	
			// PIPE_5 :
			//[51] operation
			//[50] PSgn_4
			//[49] Opr_4
			//[48] Sa_0
			//[47] Sb_0
			//[46] MaxAB_0
			//[45:38] CExp_0
			//[37:33] InputExc_0
			//[32:0] Sum_4
			//					
			pipe_5 = {pipe_4[2*`MANTISSA+`EXPONENT+14], PSgn_4, Opr_4, pipe_4[2*`MANTISSA+`EXPONENT+13:2*`MANTISSA+11], pipe_4[`MANTISSA+5:`MANTISSA+1], Sum_4[`DWIDTH:0]} ;
			// PIPE_6 :
			//[56] operation
			//[55:51] Shift_5
			//[50] PSgn_4
			//[49] Opr_4
			//[48] Sa_0
			//[47] Sb_0
			//[46] MaxAB_0
			//[45:38] CExp_0
			//[37:33] InputExc_0
			//[32:0] Sum_4
			//					
			pipe_6 = {pipe_5[`EXPONENT+`EXPONENT+11], Shift_5[4:0], pipe_5[`DWIDTH+`EXPONENT+10:`DWIDTH+1], SumS_5[`DWIDTH:0]} ;	
			// pipe_7 :
			//[56] operation
			//[55:51] Shift_5
			//[50] PSgn_4
			//[49] Opr_4
			//[48] Sa_0
			//[47] Sb_0
			//[46] MaxAB_0
			//[45:38] CExp_0
			//[37:33] InputExc_0
			//[32:0] Sum_4
			//						
			pipe_7 = {pipe_6[`DWIDTH+`EXPONENT+16:`DWIDTH+1], SumS_7[`DWIDTH:0]} ;	
			// pipe_8:
			//[54] FG_8 
			//[53] operation
			//[52] PSgn_4
			//[51] Sa_0
			//[50] Sb_0
			//[49] MaxAB_0
			//[48:41] CExp_0
			//[40:36] InputExc_8
			//[35:13] NormM_8 
			//[12:4] NormE_8
			//[3] ZeroSum_8
			//[2] NegE_8
			//[1] R_8
			//[0] S_8
			//				
			pipe_8 = {FG_8, pipe_7[`DWIDTH+`EXPONENT+16], pipe_7[`DWIDTH+`EXPONENT+10], pipe_7[`DWIDTH+`EXPONENT+8:`DWIDTH+1], NormM_8[`MANTISSA-1:0], NormE_8[`EXPONENT:0], ZeroSum_8, NegE_8, R_8, S_8} ;	
			// pipe_9:
			//[40:9] P_int
			//[8] NegE_8
			//[7] R_8
			//[6] S_8
			//[5:1] InputExc_8
			//[0] EOF
			//				
			pipe_9 = {P_int[`DWIDTH-1:0], pipe_8[2], pipe_8[1], pipe_8[0], pipe_8[`EXPONENT+`MANTISSA+9:`EXPONENT+`MANTISSA+5], EOF} ;	
		end
	end		
	
endmodule
module FPAddSub_ExceptionModule(
		Z,
		NegE,
		R,
		S,
		InputExc,
		EOF,
		P,
		Flags
    );
	 
	// Input ports
	input [`DWIDTH-1:0] Z	;					// Final product
	input NegE ;						// Negative exponent?
	input R ;							// Round bit
	input S ;							// Sticky bit
	input [4:0] InputExc ;			// Exceptions in inputs A and B
	input EOF ;
	
	// Output ports
	output [`DWIDTH-1:0] P ;					// Final result
	output [4:0] Flags ;				// Exception flags
	
	// Internal signals
	wire Overflow ;					// Overflow flag
	wire Underflow ;					// Underflow flag
	wire DivideByZero ;				// Divide-by-Zero flag (always 0 in Add/Sub)
	wire Invalid ;						// Invalid inputs or result
	wire Inexact ;						// Result is inexact because of rounding
	
	// Exception flags
	
	// Result is too big to be represented
	assign Overflow = EOF | InputExc[1] | InputExc[0] ;
	
	// Result is too small to be represented
	assign Underflow = NegE & (R | S);
	
	// Infinite result computed exactly from finite operands
	assign DivideByZero = &(Z[`MANTISSA+`EXPONENT-1:`MANTISSA]) & ~|(Z[`MANTISSA+`EXPONENT-1:`MANTISSA]) & ~InputExc[1] & ~InputExc[0];
	
	// Invalid inputs or operation
	assign Invalid = |(InputExc[4:2]) ;
	
	// Inexact answer due to rounding, overflow or underflow
	assign Inexact = (R | S) | Overflow | Underflow;
	
	// Put pieces together to form final result
	assign P = Z ;
	
	// Collect exception flags	
	assign Flags = {Overflow, Underflow, DivideByZero, Invalid, Inexact} ; 	
	
endmodule
module FPAddSub_RoundModule(
		ZeroSum,
		NormE,
		NormM,
		R,
		S,
		G,
		Sa,
		Sb,
		Ctrl,
		MaxAB,
		Z,
		EOF
    );

	// Input ports
	input ZeroSum ;					// Sum is zero
	input [`EXPONENT:0] NormE ;				// Normalized exponent
	input [`MANTISSA-1:0] NormM ;				// Normalized mantissa
	input R ;							// Round bit
	input S ;							// Sticky bit
	input G ;
	input Sa ;							// A's sign bit
	input Sb ;							// B's sign bit
	input Ctrl ;						// Control bit (operation)
	input MaxAB ;
	
	// Output ports
	output [`DWIDTH-1:0] Z ;					// Final result
	output EOF ;
	
	// Internal signals
	wire [`MANTISSA:0] RoundUpM ;			// Rounded up sum with room for overflow
	wire [`MANTISSA-1:0] RoundM ;				// The final rounded sum
	wire [`EXPONENT:0] RoundE ;				// Rounded exponent (note extra bit due to poential overflow	)
	wire RoundUp ;						// Flag indicating that the sum should be rounded up
        wire FSgn;
	wire ExpAdd ;						// May have to add 1 to compensate for overflow 
	wire RoundOF ;						// Rounding overflow
	
	// The cases where we need to round upwards (= adding one) in Round to nearest, tie to even
	assign RoundUp = (G & ((R | S) | NormM[0])) ;
	
	// Note that in the other cases (rounding down), the sum is already 'rounded'
	assign RoundUpM = (NormM + 1) ;								// The sum, rounded up by 1
	assign RoundM = (RoundUp ? RoundUpM[`MANTISSA-1:0] : NormM) ; 	// Compute final mantissa	
	assign RoundOF = RoundUp & RoundUpM[`MANTISSA] ; 				// Check for overflow when rounding up

	// Calculate post-rounding exponent
	assign ExpAdd = (RoundOF ? 1'b1 : 1'b0) ; 				// Add 1 to exponent to compensate for overflow
	assign RoundE = ZeroSum ? 5'b00000 : (NormE + ExpAdd) ; 							// Final exponent

	// If zero, need to determine sign according to rounding
	assign FSgn = (ZeroSum & (Sa ^ Sb)) | (ZeroSum ? (Sa & Sb & ~Ctrl) : ((~MaxAB & Sa) | ((Ctrl ^ Sb) & (MaxAB | Sa)))) ;

	// Assign final result
	assign Z = {FSgn, RoundE[`EXPONENT-1:0], RoundM[`MANTISSA-1:0]} ;
	
	// Indicate exponent overflow
	assign EOF = RoundE[`EXPONENT];
	
endmodule
module FPAddSub_NormalizeShift2(
		PSSum,
		CExp,
		Shift,
		NormM,
		NormE,
		ZeroSum,
		NegE,
		R,
		S,
		FG
	);
	
	// Input ports
	input [`DWIDTH:0] PSSum ;					// The Pre-Shift-Sum
	input [`EXPONENT-1:0] CExp ;
	input [4:0] Shift ;					// Amount to be shifted

	// Output ports
	output [`MANTISSA-1:0] NormM ;				// Normalized mantissa
	output [`EXPONENT:0] NormE ;					// Adjusted exponent
	output ZeroSum ;						// Zero flag
	output NegE ;							// Flag indicating negative exponent
	output R ;								// Round bit
	output S ;								// Final sticky bit
	output FG ;

	// Internal signals
	wire MSBShift ;						// Flag indicating that a second shift is needed
	wire [`EXPONENT:0] ExpOF ;					// MSB set in sum indicates overflow
	wire [`EXPONENT:0] ExpOK ;					// MSB not set, no adjustment
	
	// Calculate normalized exponent and mantissa, check for all-zero sum
	assign MSBShift = PSSum[`DWIDTH] ;		// Check MSB in unnormalized sum
	assign ZeroSum = ~|PSSum ;			// Check for all zero sum
	assign ExpOK = CExp - Shift ;		// Adjust exponent for new normalized mantissa
	assign NegE = ExpOK[`EXPONENT] ;			// Check for exponent overflow
	assign ExpOF = CExp - Shift + 1'b1 ;		// If MSB set, add one to exponent(x2)
	assign NormE = MSBShift ? ExpOF : ExpOK ;			// Check for exponent overflow
	assign NormM = PSSum[`DWIDTH-1:`EXPONENT+1] ;		// The new, normalized mantissa
	
	// Also need to compute sticky and round bits for the rounding stage
	assign FG = PSSum[`EXPONENT] ; 
	assign R = PSSum[`EXPONENT-1] ;
	assign S = |PSSum[`EXPONENT-2:0] ;
	
endmodule
module FPAddSub_NormalizeShift1(
		MminP,
		Shift,
		Mmin
	);
	
	// Input ports
	input [`DWIDTH:0] MminP ;						// Smaller mantissa after 16|12|8|4 shift
	input [3:0] Shift ;						// Shift amount
	
	// Output ports
	output [`DWIDTH:0] Mmin ;						// The smaller mantissa
	
	reg	  [`DWIDTH:0]		Lvl2;
	wire    [2*`DWIDTH+1:0]    Stage1;	
	reg	  [`DWIDTH:0]		Lvl3;
	wire    [2*`DWIDTH+1:0]    Stage2;	
	integer           i;               	// Loop variable
	
	assign Stage1 = {MminP, MminP};

	always @(*) begin    					// Rotate {0 | 4 | 8 | 12} bits
	  case (Shift[3:2])
			// Rotate by 0
			2'b00: //Lvl2 <= Stage1[`DWIDTH:0];       		
      begin Lvl2 = Stage1[`DWIDTH:0];  end
			// Rotate by 4
			2'b01: //begin for (i=2*`DWIDTH+1; i>=`DWIDTH+1; i=i-1) begin Lvl2[i-33] <= Stage1[i-4]; end Lvl2[3:0] <= 0; end
      begin Lvl2[`DWIDTH: (`DWIDTH-4)] = Stage1[3:0]; Lvl2[`DWIDTH-4-1:0] = Stage1[`DWIDTH-4]; end
			// Rotate by 8
			2'b10: //begin for (i=2*`DWIDTH+1; i>=`DWIDTH+1; i=i-1) begin Lvl2[i-33] <= Stage1[i-8]; end Lvl2[7:0] <= 0; end
      begin Lvl2[`DWIDTH: (`DWIDTH-8)] = Stage1[3:0]; Lvl2[`DWIDTH-8-1:0] = Stage1[`DWIDTH-8]; end
			// Rotate by 12
			2'b11: //begin for (i=2*`DWIDTH+1; i>=`DWIDTH+1; i=i-1) begin Lvl2[i-33] <= Stage1[i-12]; end Lvl2[11:0] <= 0; end
      begin Lvl2[`DWIDTH: (`DWIDTH-12)] = Stage1[3:0]; Lvl2[`DWIDTH-12-1:0] = Stage1[`DWIDTH-12]; end
	  endcase
	end
	
	assign Stage2 = {Lvl2, Lvl2};

	always @(*) begin   				 		// Rotate {0 | 1 | 2 | 3} bits
	  case (Shift[1:0])
			// Rotate by 0
			2'b00:  //Lvl3 <= Stage2[`DWIDTH:0];
      begin Lvl3 = Stage2[`DWIDTH:0]; end
			// Rotate by 1
			2'b01: //begin for (i=2*`DWIDTH+1; i>=`DWIDTH+1; i=i-1) begin Lvl3[i-`DWIDTH-1] <= Stage2[i-1]; end Lvl3[0] <= 0; end 
      begin Lvl3[`DWIDTH: (`DWIDTH-1)] = Stage2[3:0]; Lvl3[`DWIDTH-1-1:0] = Stage2[`DWIDTH-1]; end
			// Rotate by 2
			2'b10: //begin for (i=2*`DWIDTH+1; i>=`DWIDTH+1; i=i-1) begin Lvl3[i-`DWIDTH-1] <= Stage2[i-2]; end Lvl3[1:0] <= 0; end
      begin Lvl3[`DWIDTH: (`DWIDTH-2)] = Stage2[3:0]; Lvl3[`DWIDTH-2-1:0] = Stage2[`DWIDTH-2]; end
			// Rotate by 3
			2'b11: //begin for (i=2*`DWIDTH+1; i>=`DWIDTH+1; i=i-1) begin Lvl3[i-`DWIDTH-1] <= Stage2[i-3]; end Lvl3[2:0] <= 0; end
      begin Lvl3[`DWIDTH: (`DWIDTH-3)] = Stage2[3:0]; Lvl3[`DWIDTH-3-1:0] = Stage2[`DWIDTH-3]; end
	  endcase
	end
	
	// Assign outputs
	assign Mmin = Lvl3;						// Take out smaller mantissa			
	
endmodule
module FPAddSub_NormalizeModule(
		Sum,
		Mmin,
		Shift
    );

	// Input ports
	input [`DWIDTH:0] Sum ;					// Mantissa sum including hidden 1 and GRS
	
	// Output ports
	output [`DWIDTH:0] Mmin ;					// Mantissa after 16|0 shift
	output [4:0] Shift ;					// Shift amount
	
	// Determine normalization shift amount by finding leading nought
	assign Shift =  ( 
		Sum[16] ? 5'b00000 :	 
		Sum[15] ? 5'b00001 : 
		Sum[14] ? 5'b00010 : 
		Sum[13] ? 5'b00011 : 
		Sum[12] ? 5'b00100 : 
		Sum[11] ? 5'b00101 : 
		Sum[10] ? 5'b00110 : 
		Sum[9] ? 5'b00111 :
		Sum[8] ? 5'b01000 :
		Sum[7] ? 5'b01001 :
		Sum[6] ? 5'b01010 :
		Sum[5] ? 5'b01011 :
		Sum[4] ? 5'b01100 : 5'b01101
	//	Sum[19] ? 5'b01101 :
	//	Sum[18] ? 5'b01110 :
	//	Sum[17] ? 5'b01111 :
	//	Sum[16] ? 5'b10000 :
	//	Sum[15] ? 5'b10001 :
	//	Sum[14] ? 5'b10010 :
	//	Sum[13] ? 5'b10011 :
	//	Sum[12] ? 5'b10100 :
	//	Sum[11] ? 5'b10101 :
	//	Sum[10] ? 5'b10110 :
	//	Sum[9] ? 5'b10111 :
	//	Sum[8] ? 5'b11000 :
	//	Sum[7] ? 5'b11001 : 5'b11010
	);
	
	reg	  [`DWIDTH:0]		Lvl1;
	
	always @(*) begin
		// Rotate by 16?
		Lvl1 <= Shift[4] ? {Sum[8:0], 8'b00000000} : Sum; 
	end
	
	// Assign outputs
	assign Mmin = Lvl1;						// Take out smaller mantissa

endmodule
module FPAddSub_ExecutionModule(
		Mmax,
		Mmin,
		Sa,
		Sb,
		MaxAB,
		OpMode,
		Sum,
		PSgn,
		Opr
    );

	// Input ports
	input [`MANTISSA-1:0] Mmax ;					// The larger mantissa
	input [`MANTISSA:0] Mmin ;					// The smaller mantissa
	input Sa ;								// Sign bit of larger number
	input Sb ;								// Sign bit of smaller number
	input MaxAB ;							// Indicates the larger number (0/A, 1/B)
	input OpMode ;							// Operation to be performed (0/Add, 1/Sub)
	
	// Output ports
	output [`DWIDTH:0] Sum ;					// The result of the operation
	output PSgn ;							// The sign for the result
	output Opr ;							// The effective (performed) operation

	assign Opr = (OpMode^Sa^Sb); 		// Resolve sign to determine operation

	// Perform effective operation
	assign Sum = (OpMode^Sa^Sb) ? ({1'b1, Mmax, 5'b00000} - {Mmin, 5'b00000}) : ({1'b1, Mmax, 5'b00000} + {Mmin, 5'b00000}) ;
	
	// Assign result sign
	assign PSgn = (MaxAB ? Sb : Sa) ;

endmodule
module FPAddSub_AlignShift2(
		MminP,
		Shift,
		Mmin
	);
	
	// Input ports
	input [`MANTISSA:0] MminP ;						// Smaller mantissa after 16|12|8|4 shift
	input [1:0] Shift ;						// Shift amount
	
	// Output ports
	output [`MANTISSA:0] Mmin ;						// The smaller mantissa
	
	// Internal Signal
	reg	  [`MANTISSA:0]		Lvl3;
	wire    [2*`MANTISSA+1:0]    Stage2;	
	integer           j;               // Loop variable
	
	assign Stage2 = {11'b0, MminP};

	always @(*) begin    // Rotate {0 | 1 | 2 | 3} bits
	  case (Shift[1:0])
			// Rotate by 0
			2'b00:  Lvl3 <= Stage2[`MANTISSA:0];   
			// Rotate by 1
			2'b01:  begin for (j=0; j<=`MANTISSA; j=j+1)  begin Lvl3[j] <= Stage2[j+1]; end /*Lvl3[`MANTISSA] <= 0; */end 
			// Rotate by 2
			2'b10:  begin for (j=0; j<=`MANTISSA; j=j+1)  begin Lvl3[j] <= Stage2[j+2]; end /*Lvl3[`MANTISSA:`MANTISSA-1] <= 0;*/ end 
			// Rotate by 3
			2'b11:  begin for (j=0; j<=`MANTISSA; j=j+1)  begin Lvl3[j] <= Stage2[j+3]; end /*Lvl3[`MANTISSA:`MANTISSA-2] <= 0;*/ end 	  
	  endcase
	end
	
	// Assign output
	assign Mmin = Lvl3;						// Take out smaller mantissa				

endmodule
module FPAddSub_AlignShift1(
		MminP,
		Shift,
		Mmin
	);
	
	// Input ports
	input [`MANTISSA-1:0] MminP ;						// Smaller mantissa after 16|12|8|4 shift
	input [2:0] Shift ;						// Shift amount
	
	// Output ports
	output [`MANTISSA:0] Mmin ;						// The smaller mantissa
	
	// Internal signals
	reg	  [`MANTISSA:0]		Lvl1;
	reg	  [`MANTISSA:0]		Lvl2;
	wire    [2*`MANTISSA+1:0]    Stage1;	
	integer           i;                // Loop variable
	
	always @(*) begin						
		// Rotate by 16?
		//Lvl1 <= Shift[2] ? {17'b00000000000000001, MminP[22:16]} : {1'b1, MminP}; 
		Lvl1 <= Shift[2] ? {11'b0000000000} : {1'b1, MminP}; 
		
	end
	
	assign Stage1 = { 11'b0, Lvl1};
	
	always @(*) begin    					// Rotate {0 | 4 | 8 | 12} bits
	  case (Shift[1:0])
			// Rotate by 0	
			2'b00:  Lvl2 <= Stage1[`MANTISSA:0];       			
			// Rotate by 4	
			2'b01:  begin for (i=0; i<=`MANTISSA; i=i+1) begin Lvl2[i] <= Stage1[i+4]; end /*Lvl2[`MANTISSA:`MANTISSA-3] <= 0;*/ end
			// Rotate by 8
			2'b10:  begin for (i=0; i<=`MANTISSA; i=i+1) begin Lvl2[i] <= Stage1[i+8]; end /*Lvl2[`MANTISSA:`MANTISSA-7] <= 0;*/ end
			// Rotate by 12	
			2'b11: Lvl2[`MANTISSA: 0] <= 0; 
			//2'b11:  begin for (i=0; i<=`MANTISSA; i=i+1) begin Lvl2[i] <= Stage1[i+12]; end Lvl2[`MANTISSA:`MANTISSA-12] <= 0; end
	  endcase
	end
	
	// Assign output to next shift stage
	assign Mmin = Lvl2;
	
endmodule
module FPAddSub_AlignModule (
		A,
		B,
		ShiftDet,
		CExp,
		MaxAB,
		Shift,
		Mmin,
		Mmax
	);
	
	// Input ports
	input [`DWIDTH-2:0] A ;								// Input A, a 32-bit floating point number
	input [`DWIDTH-2:0] B ;								// Input B, a 32-bit floating point number
	input [9:0] ShiftDet ;
	
	// Output ports
	output [`EXPONENT-1:0] CExp ;							// Common Exponent
	output MaxAB ;									// Incidates larger of A and B (0/A, 1/B)
	output [4:0] Shift ;							// Number of steps to smaller mantissa shift right
	output [`MANTISSA-1:0] Mmin ;							// Smaller mantissa 
	output [`MANTISSA-1:0] Mmax ;							// Larger mantissa
	
	// Internal signals
	//wire BOF ;										// Check for shifting overflow if B is larger
	//wire AOF ;										// Check for shifting overflow if A is larger
	
	assign MaxAB = (A[`DWIDTH-2:0] < B[`DWIDTH-2:0]) ;	
	//assign BOF = ShiftDet[9:5] < 25 ;		// Cannot shift more than 25 bits
	//assign AOF = ShiftDet[4:0] < 25 ;		// Cannot shift more than 25 bits
	
	// Determine final shift value
	//assign Shift = MaxAB ? (BOF ? ShiftDet[9:5] : 5'b11001) : (AOF ? ShiftDet[4:0] : 5'b11001) ;
	
	assign Shift = MaxAB ? ShiftDet[9:5] : ShiftDet[4:0] ;
	
	// Take out smaller mantissa and append shift space
	assign Mmin = MaxAB ? A[`MANTISSA-1:0] : B[`MANTISSA-1:0] ; 
	
	// Take out larger mantissa	
	assign Mmax = MaxAB ? B[`MANTISSA-1:0]: A[`MANTISSA-1:0] ;	
	
	// Common exponent
	assign CExp = (MaxAB ? B[`MANTISSA+`EXPONENT-1:`MANTISSA] : A[`MANTISSA+`EXPONENT-1:`MANTISSA]) ;		
	
endmodule
module FPAddSub_PrealignModule(
		A,
		B,
		operation,
		Sa,
		Sb,
		ShiftDet,
		InputExc,
		Aout,
		Bout,
		Opout
	);
	
	// Input ports
	input [`DWIDTH-1:0] A ;										// Input A, a 32-bit floating point number
	input [`DWIDTH-1:0] B ;										// Input B, a 32-bit floating point number
	input operation ;
	
	// Output ports
	output Sa ;												// A's sign
	output Sb ;												// B's sign
	output [9:0] ShiftDet ;
	output [4:0] InputExc ;								// Input numbers are exceptions
	output [`DWIDTH-2:0] Aout ;
	output [`DWIDTH-2:0] Bout ;
	output Opout ;
	
	// Internal signals									// If signal is high...
	wire ANaN ;												// A is a NaN (Not-a-Number)
	wire BNaN ;												// B is a NaN
	wire AInf ;												// A is infinity
	wire BInf ;												// B is infinity
	wire [`EXPONENT-1:0] DAB ;										// ExpA - ExpB					
	wire [`EXPONENT-1:0] DBA ;										// ExpB - ExpA	
	
	assign ANaN = &(A[`DWIDTH-2:`DWIDTH-1-`EXPONENT]) & |(A[`MANTISSA-1:0]) ;		// All one exponent and not all zero mantissa - NaN
	assign BNaN = &(B[`DWIDTH-2:`DWIDTH-1-`EXPONENT]) & |(B[`MANTISSA-1:0]);		// All one exponent and not all zero mantissa - NaN
	assign AInf = &(A[`DWIDTH-2:`DWIDTH-1-`EXPONENT]) & ~|(A[`MANTISSA-1:0]) ;	// All one exponent and all zero mantissa - Infinity
	assign BInf = &(B[`DWIDTH-2:`DWIDTH-1-`EXPONENT]) & ~|(B[`MANTISSA-1:0]) ;	// All one exponent and all zero mantissa - Infinity
	
	// Put all flags into exception vector
	assign InputExc = {(ANaN | BNaN | AInf | BInf), ANaN, BNaN, AInf, BInf} ;
	
	//assign DAB = (A[30:23] - B[30:23]) ;
	//assign DBA = (B[30:23] - A[30:23]) ;
	assign DAB = (A[`DWIDTH-2:`MANTISSA] + ~(B[`DWIDTH-2:`MANTISSA]) + 1) ;
	assign DBA = (B[`DWIDTH-2:`MANTISSA] + ~(A[`DWIDTH-2:`MANTISSA]) + 1) ;
	
	assign Sa = A[`DWIDTH-1] ;									// A's sign bit
	assign Sb = B[`DWIDTH-1] ;									// B's sign	bit
	assign ShiftDet = {DBA[4:0], DAB[4:0]} ;		// Shift data
	assign Opout = operation ;
	assign Aout = A[`DWIDTH-2:0] ;
	assign Bout = B[`DWIDTH-2:0] ;
	
endmodule